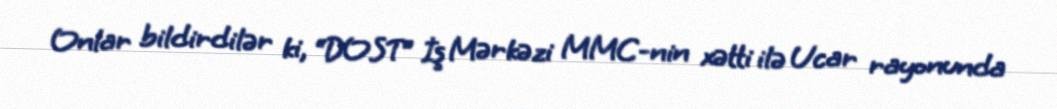
Onlar bildirdilər ki, “DOST” İş Mərkəzi MMC-nin xətti ilə Ucar rayonunda